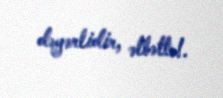
dəyərlidir, əlbəttə!.